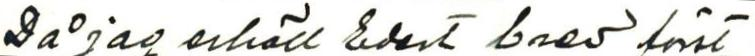
Då jag erhöll endast brev först